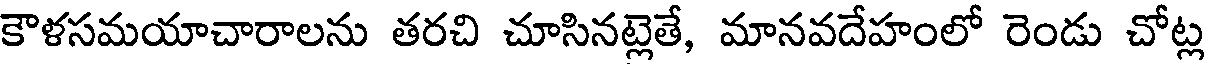
కౌళసమయాచారాలను తరచి చూసినట్లెతే, మానవదేహంలో రెండు చోట్ల